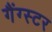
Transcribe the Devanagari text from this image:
गैंग्‍स्‍टर